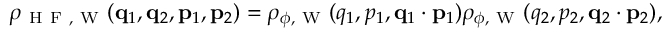
\begin{array} { r } { \rho _ { \mathrm { ~ H ~ F ~ } , \mathrm { ~ W ~ } } ( \ensuremath { \mathbf { q } } _ { 1 } , \ensuremath { \mathbf { q } } _ { 2 } , \ensuremath { \mathbf { p } } _ { 1 } , \ensuremath { \mathbf { p } } _ { 2 } ) = \rho _ { \phi , \mathrm { ~ W ~ } } ( q _ { 1 } , p _ { 1 } , \ensuremath { \mathbf { q } } _ { 1 } \cdot \ensuremath { \mathbf { p } } _ { 1 } ) \rho _ { \phi , \mathrm { ~ W ~ } } ( q _ { 2 } , p _ { 2 } , \ensuremath { \mathbf { q } } _ { 2 } \cdot \ensuremath { \mathbf { p } } _ { 2 } ) , } \end{array}